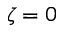
\zeta = 0